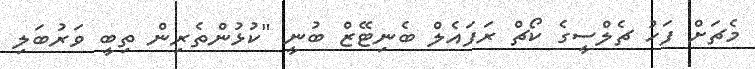
މެޗަށް ފަހު ޗެލްސީގެ ކޯޗް ރަފައެލް ބެނިޓޭޒް ބުނީ "ކުޅުންތެރިން ތިބީ ވަރުބަލި